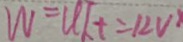
W = U I _ { t } = 1 2 V